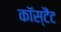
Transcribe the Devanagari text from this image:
कॉस्टैंट